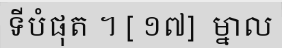
ទីបំផុត ។ [ ១៧]  ម្នាល